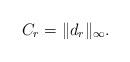
LaTeX: \begin{align*}C_r = \|d_r\|_\infty.\end{align*}